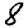
Digit: 8